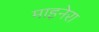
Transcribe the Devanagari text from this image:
माइनेरा